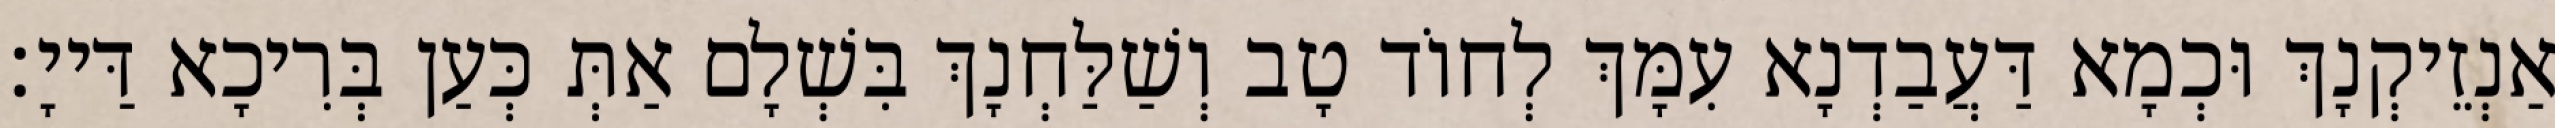
אַנְזֵיקְנָךְ וּכְמָא דַּעֲבַדְנָא עִמָּךְ לְחוֹד טָב וְשַׁלַּחְנָךְ בִּשְׁלָם אַתְּ כְּעַן בְּרִיכָא דַּייָ׃